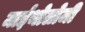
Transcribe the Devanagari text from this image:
माईथोलोजी